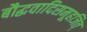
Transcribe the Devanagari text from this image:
बौद्धवादिसमूहजित्